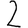
Digit: 2